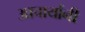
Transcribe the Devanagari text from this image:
आचार्यानी